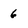
Character: 6